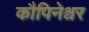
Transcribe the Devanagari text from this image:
कौपिनेश्वर